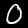
Label: 0